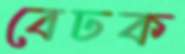
বেঢক